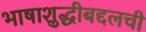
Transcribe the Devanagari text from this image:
भाषाशुद्धीबद्दलची